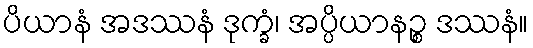
ပိယာနံ အဒဿနံ ဒုက္ခံ၊ အပ္ပိယာနဉ္စ ဒဿနံ။